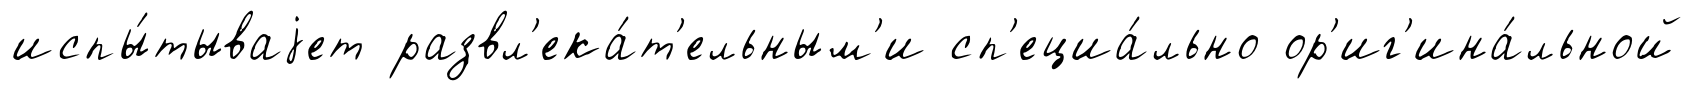
испы́тываjет развл'ека́т'ельным'и сп'ециа́льно ор'иг'ина́льной